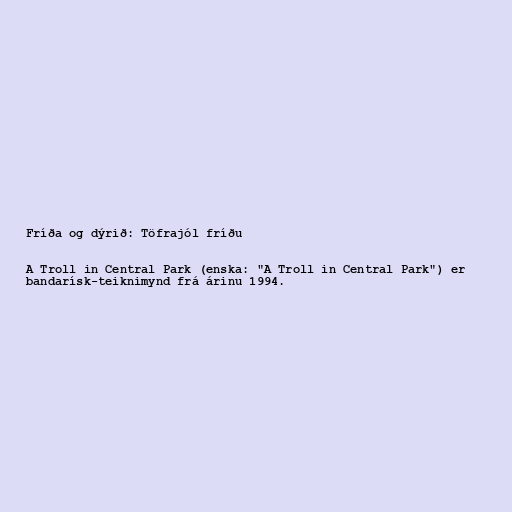
Fríða og dýrið: Töfrajól fríðu

A Troll in Central Park (enska: "A Troll in Central Park") er
bandarísk-teiknimynd frá árinu 1994.